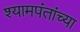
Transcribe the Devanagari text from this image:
श्यामपंतांच्या